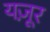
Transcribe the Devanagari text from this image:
यज़ूर